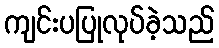
ကျင်းပပြုလုပ်ခဲ့သည်